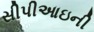
સીપીઆઇની